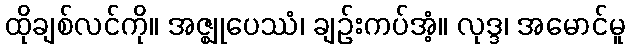
ထိုချစ်လင်ကို။ အဇ္ဈုပေဿံ၊ ချဉ်းကပ်အံ့။ လုဒ္ဒ၊ အမောင်မူ